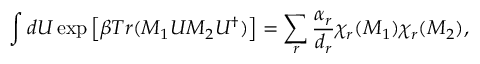
\int d U \exp \left[ \beta T r ( M _ { 1 } U M _ { 2 } U ^ { \dagger } ) \right] = \sum _ { r } \frac { \alpha _ { r } } { d _ { r } } \chi _ { r } ( M _ { 1 } ) \chi _ { r } ( M _ { 2 } ) ,